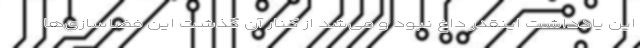
این یادداشت اینقدر داغ نبود و می‌شد از کنار آن گذشت این فضاسازی‌ها